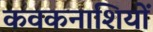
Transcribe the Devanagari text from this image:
कवकनाशियों